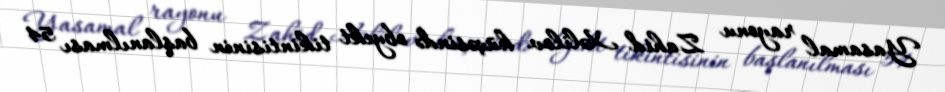
Yasamal rayonu Zahid Xəlilov küçəsində obyekt tikintisinin başlanılması 54